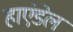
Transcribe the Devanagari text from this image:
हाएंडेल